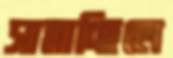
সাম্‌লাচ্ছিলে